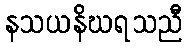
နသယနိဃရသညီ